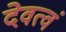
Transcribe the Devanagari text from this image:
देवत्वं